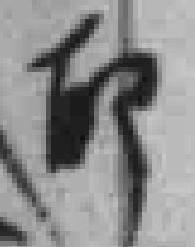
印